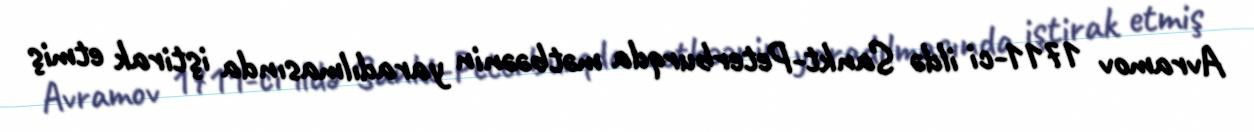
Avramov 1711-ci ildə Sankt-Peterburqda mətbəənin yaradılmasında iştirak etmiş